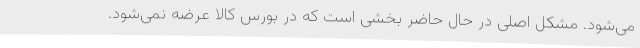
می‌شود. مشکل اصلی در حال حاضر بخشی است که در بورس کالا عرضه نمی‌شود.